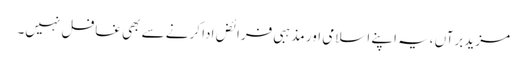
مزید برآں ،یہ اپنے اسلامی اور مذہبی فرائض ادا کرنے سے بھی غافل نہیں۔